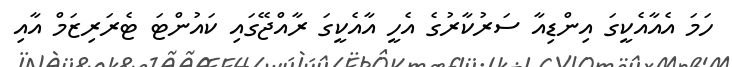
ހަމަ އެއާއެކީގަ އިންޑިއާ ސަރުކާރުގެ އެހީ އާއެކީގަ ރާއްޖޭގައި ކައުންޓަ ޓެރަރިޒަމް އާއި